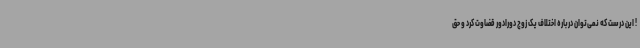
! این درست که نمی‌توان درباره اختلاف یک زوج دورادور قضاوت کرد و حق